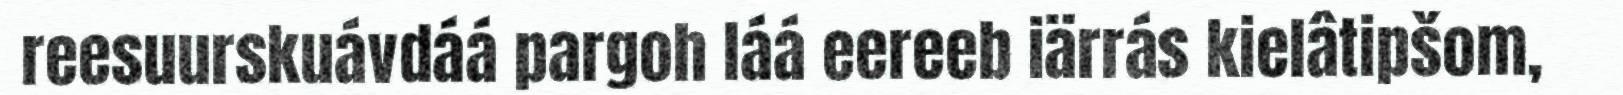
reesuurskuávdáá pargoh láá eereeb iärrás kielâtipšom,